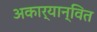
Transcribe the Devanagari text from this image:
अकार्यान्वित